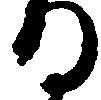
る